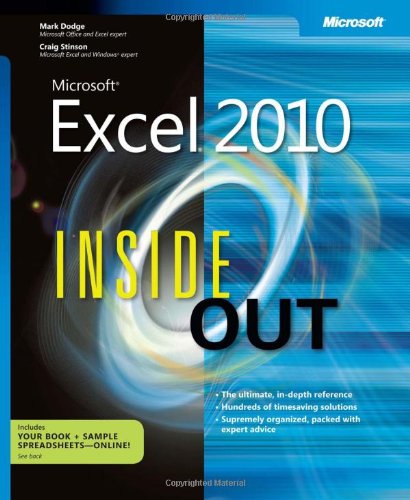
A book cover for Microsoft Excel 2010 Inside Out; Craig Stinson; Computers & Technology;